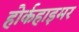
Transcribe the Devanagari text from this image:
होर्कहाइमर